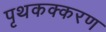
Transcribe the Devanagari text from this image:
पृथकक्करण